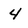
Character: 4